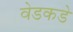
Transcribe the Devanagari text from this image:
वेडकडे